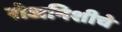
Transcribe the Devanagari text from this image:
रोजनिशीचे